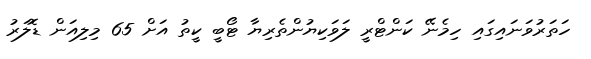
ހަތަރުވަނައިގައި ހިމެނޭ ކަންޓްރީ ލަވަކިޔުންތެރިޔާ ޓޯބީ ކީތު އަށް 65 މިލިއަން ޑޮލަރު